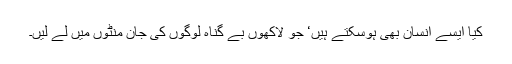
کیا ایسے انسان بھی ہوسکتے ہیں‘ جو لاکھوں بے گناہ لوگوں کی جان منٹوں میں لے لیں۔